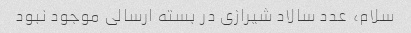
سلام،  عدد سالاد شیرازی در بسته ارسالی موجود نبود